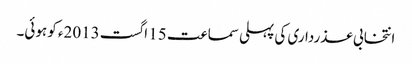
انتخابی عذرداری کی پہلی سماعت 15 اگست 2013ء کو ہوئی۔